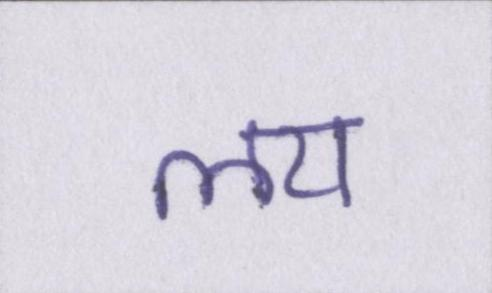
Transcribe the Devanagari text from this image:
लय